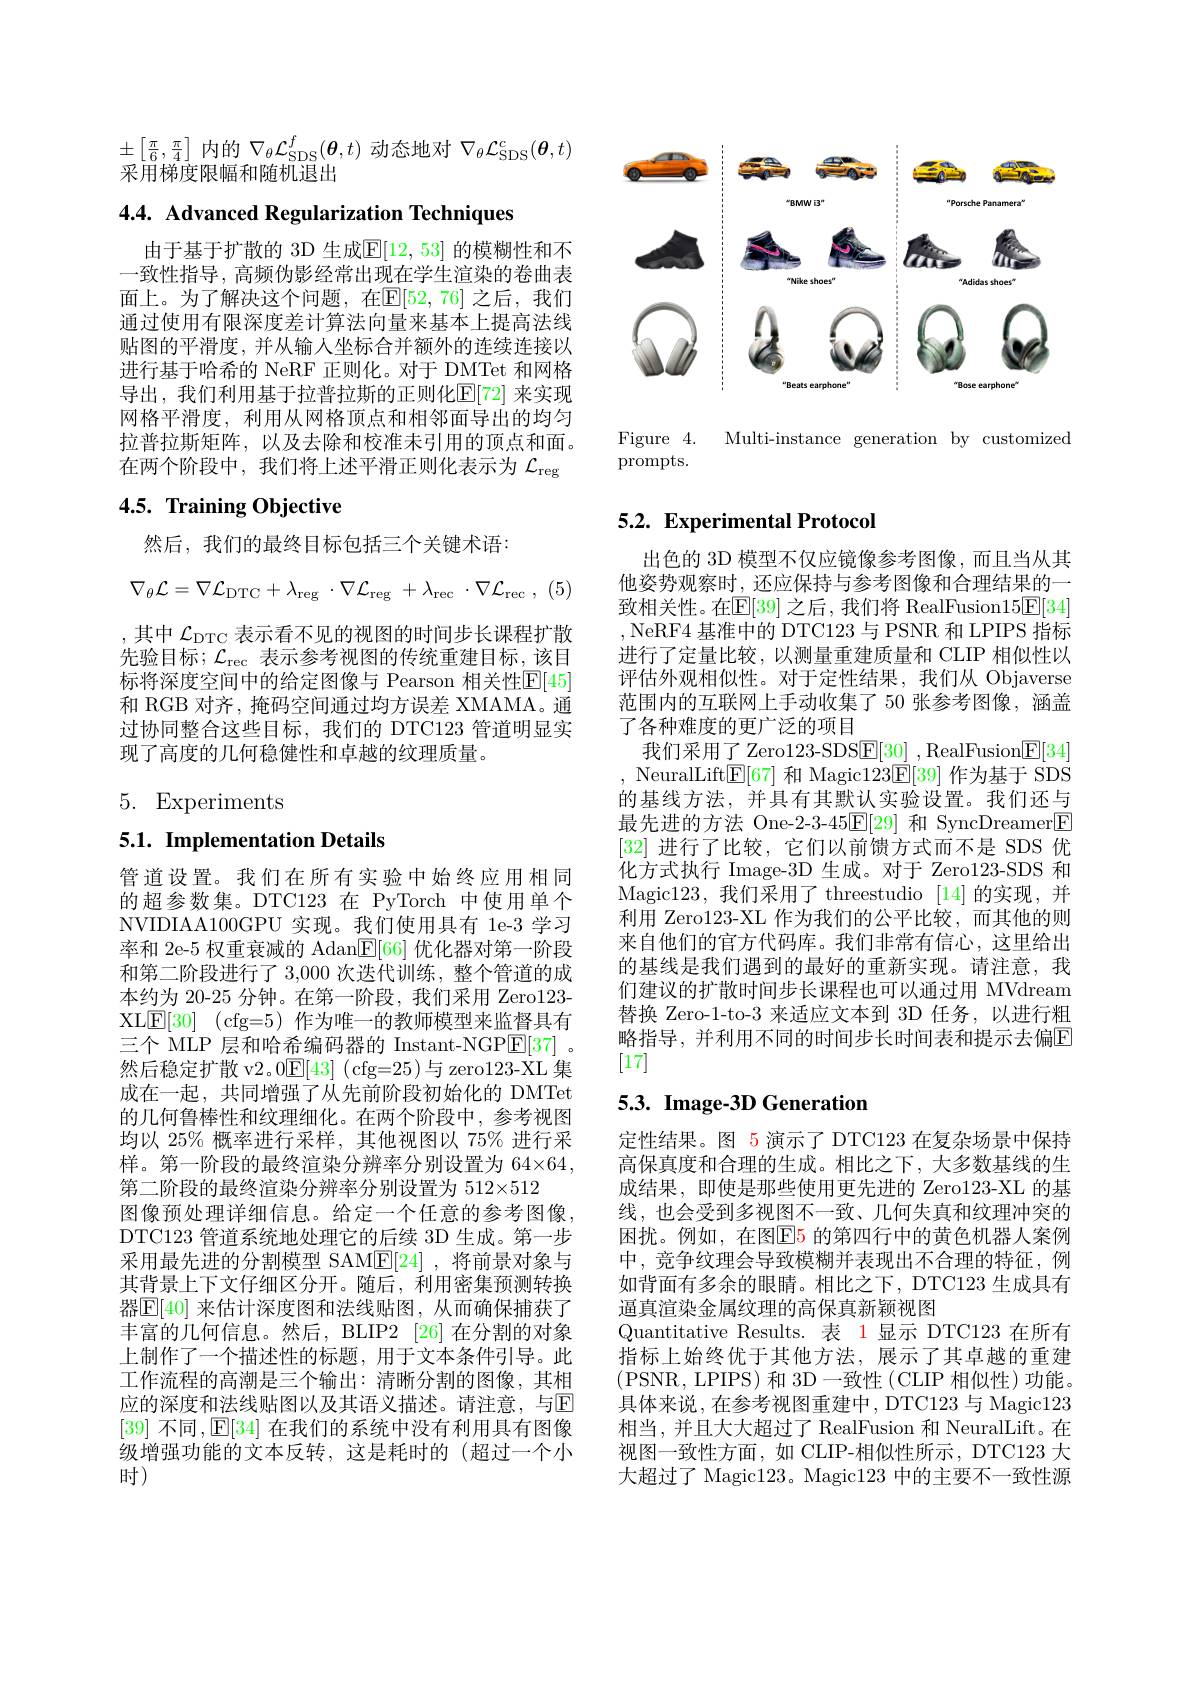
$\pm\left[\frac{\pi}{6},\frac{\pi}{4}\right]$内的$\nabla_\theta\mathcal{L}_\mathrm{SDS}^f(\boldsymbol{\theta},t)$动态地对$\nabla_\theta\mathcal{L}_\mathrm{SDS}^c(\boldsymbol{\theta},t)$
采用梯度限幅和随机退出

# 4.4. Advanced Regularization Techniques

由于基于扩散的 3D 生成$\mathbb{E}[12,53]$ 的模糊性和不一致性指导，高频伪影经常出现在学生渲染的卷曲表面上。为了解决这个问题，在$\mathbb{E}[52,76]$ 之后，我们通过使用有限深度差计算法向量来基本上提高法线贴图的平滑度，并从输入坐标合并额外的连续连接以进行基于哈希的 NeRF 正则化。对于 DMTet 和网格导出，我们利用基于拉普拉斯的正则化$\mathbb{E}[72]$ 来实现网格平滑度，利用从网格顶点和相邻面导出的均匀拉普拉斯矩阵，以及去除和校准未引用的顶点和面。在两个阶段中，我们将上述平滑正则化表示为$\mathcal{L}_\mathrm{reg}$

# 4.5. Training Objective

然后，我们的最终目标包括三个关键术语：
$$\nabla_{\theta}\mathcal{L}=\nabla\mathcal{L}_{\mathrm{DTC}}+\lambda_{\mathrm{reg}}\cdot\nabla\mathcal{L}_{\mathrm{reg}}\:+\lambda_{\mathrm{rec}}\:\cdot\nabla\mathcal{L}_{\mathrm{rec}}\:,$$
,其中 $\mathcal{L}_\mathrm{DTC}$ 表示看不见的视图的时间步长课程扩散先验目标$;\mathcal{L}_\mathrm{rec}$ 表示参考视图的传统重建目标，该目标将深度空间中的给定图像与 Pearson 相关性$\overline{\mathrm{E}}[45]$ 和 RGB 对齐，掩码空间通过均方误差 XMAMA。通过协同整合这些目标，我们的 DTC123 管道明显实现了高度的几何稳健性和卓越的纹理质量。

5. Experiments

# 5.1. Implementation Details

管道设置。我们在所有实验中始终应用相同的超参数集。DTC123 在 PyTorch 中使用单个NVIDIAA100GPU 实现。我们使用具有 1e-3 学习率和 2e-5 权重衰减的 Adan$\boxed{\mathrm{E}}[66]$优化器对第一阶段和第二阶段进行了 3,000 次迭代训练，整个管道的成本约为 20-25 分钟。在第一阶段，我们采用 Zero123- XL$\underline {\mathrm{E} }[ 30]$ (cfg=5)作为唯一的教师模型来监督具有三个 MLP 层和哈希编码器的 Instant-NGP$\underline{\mathrm{E}}[37]$ 。然后稳定扩散 v2。0$\underline{\mathrm{E}}[43]$ (cfg=25)与 zero123-XL 集成在一起，共同增强了从先前阶段初始化的 DMTet 的几何鲁棒性和纹理细化。在两个阶段中，参考视图均以 25% 概率进行采样，其他视图以 75% 进行采样。第一阶段的最终渲染分辨率分别设置为 64×64, 第二阶段的最终渲染分辨率分别设置为 512×512
图像预处理详细信息。给定一个任意的参考图像， DTC123 管道系统地处理它的后续 3D 生成。第一步采用最先进的分割模型 SAM$\underline{\mathrm{E}}[24]$ ,将前景对象与其背景上下文仔细区分开。随后，利用密集预测转换器$\boxed{\mathbb{E}}[40]$ 来估计深度图和法线贴图，从而确保捕获了丰富的几何信息。然后，BLIP2 [26]在分割的对象上制作了一个描述性的标题，用于文本条件引导。此工作流程的高潮是三个输出：清晰分割的图像，其相应的深度和法线贴图以及其语义描述。请注意，与$\mathbb{E}$ [39] 不同，E[34] 在我们的系统中没有利用具有图像级增强功能的文本反转，这是耗时的(超过一个小时)

<FigureHere>

Figure 4.
Multi-instance generation by customized
$\operatorname{prompts.}$

# 5.2. Experimental Protocol

出色的 3D 模型不仅应镜像参考图像，而且当从其他姿势观察时，还应保持与参考图像和合理结果的一致相关性。在$\mathbb{E}[39]$ 之后，我们将 RealFusion15$\mathbb{E}[34]$ ,NeRF4 基准中的 DTC123 与 PSNR 和 LPIPS 指标进行了定量比较，以测量重建质量和 CLIP 相似性以评估外观相似性。对于定性结果，我们从 Objaverse 范围内的互联网上手动收集了 50 张参考图像，涵盖了各种难度的更广泛的项目
我们采用了 Zero123-SDS$\underline{\mathrm{E}}[30]$ , RealFusion$\underline{\mathrm{E}}[34]$ NeuralLift$\boxed{\mathrm{E}}[67]$和 Magic$123\boxed{\mathrm{F}}[39]$作为基于 SDS 的基线方法，并具有其默认实验设置。我们还与最先进的方法 One-2-3-45$\overline{\mathbb{E}}[29]$和 SyncDreamer$\boxed{\mathbb{E}}$ [32]进行了比较，它们以前馈方式而不是 SDS 优化方式执行 Image-3D 生成。对于 Zero123-SDS 和Magic123,我们采用了 threestudio [14]的实现，并利用 Zero123-XL 作为我们的公平比较，而其他的则来自他们的官方代码库。我们非常有信心，这里给出的基线是我们遇到的最好的重新实现。请注意，我们建议的扩散时间步长课程也可以通过用 MVdream 替换 Zero-1-to-3 来适应文本到 3D 任务，以进行粗略指导，并利用不同的时间步长时间表和提示去偏$\mathbb{E}$ [17]

# 5.3. Image-3D Generation

定性结果。图 5 演示了 DTC123 在复杂场景中保持高保真度和合理的生成。相比之下，大多数基线的生成结果，即使是那些使用更先进的 Zero123-XL 的基线，也会受到多视图不一致、几何失真和纹理冲突的困扰。例如，在图$\mathbb{E}$5 的第四行中的黄色机器人案例中，竞争纹理会导致模糊并表现出不合理的特征，例如背面有多余的眼睛。相比之下，DTC123 生成具有逼真渲染金属纹理的高保真新颖视图
Quantitative Results. 表 1 显示 DTC123 在所有指标上始终优于其他方法，展示了其卓越的重建(PSNR, LPIPS)和 3D一致性(CLIP 相似性)功能。具体来说，在参考视图重建中，DTC123 与 Magic123相当，并且大大超过了 RealFusion 和 NeuralLift。在视图一致性方面，如 CLIP-相似性所示，DTC123 大大超过了 Magic123。Magic123中的主要不一致性源